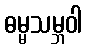
ဓမ္မသမ္ဘဝါ